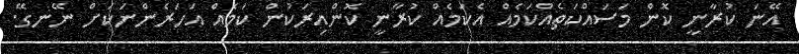
އޭނަ ކުރާނީ ކޮން މަސައްކަތެއްކަމެއް އެކަމެއް ކުރާނީ ކޮންއިރަކުން ކަމެއް އަހަރެންނަކަށް ނޭނގޭ.